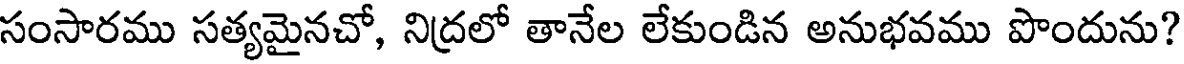
సంసారము సత్యమైనచో, నిద్రలో తానేల లేకుండిన అనుభవము పొందును?